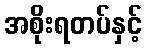
အစိုးရတပ်နှင့်